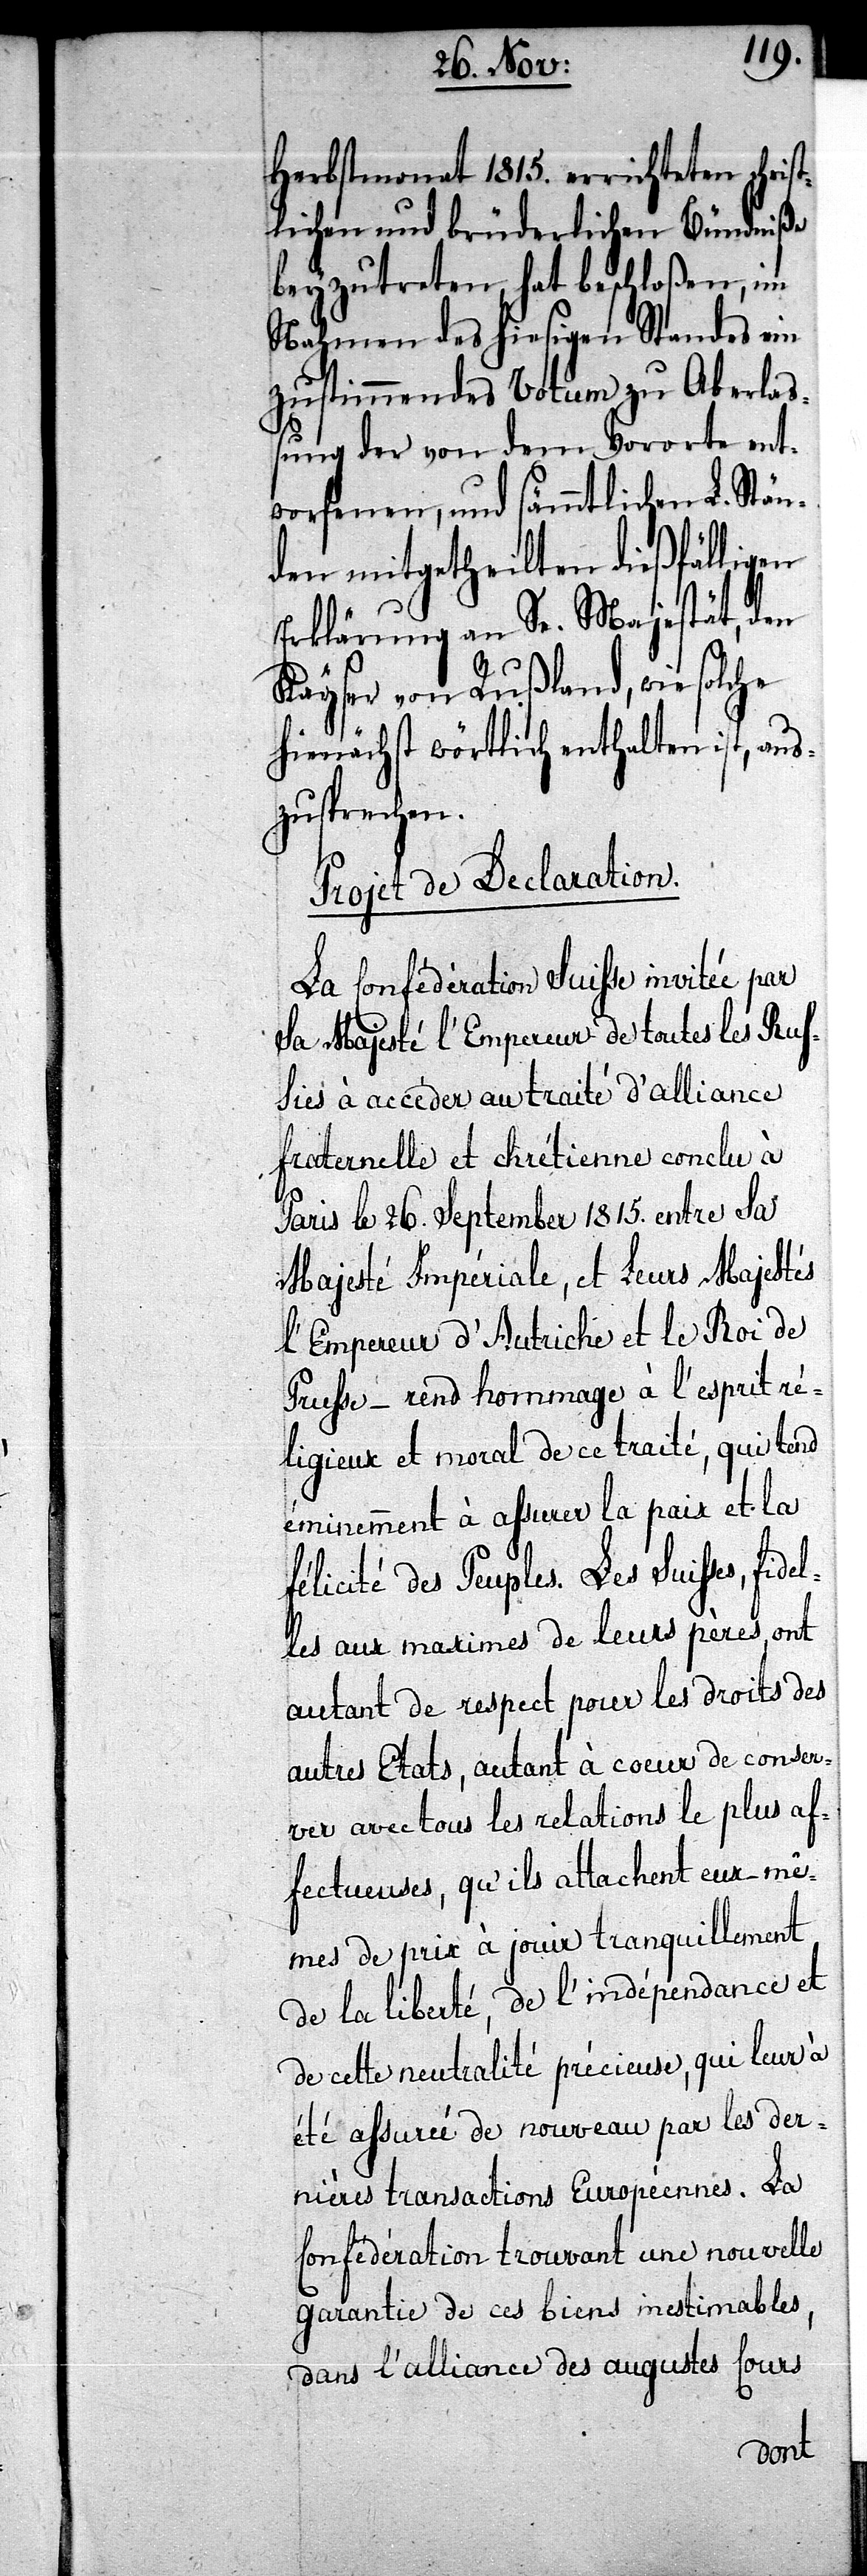
1815.
lichen und brüderlichen Bündniße
beyzutreten, hat beschloßen, im
Nahmen des hiesigen Standes ein
zustimmendes Votum zu Aberla¬
ßung der von dem Vororte ent¬
worfenen, und sämmtlichen L. Stän¬
den mitgetheilten dießfälligen
Erklärung an Se. Majestät, den
Kayser von Rußland, wie solche
hienächst wörtlich enthalten ist, aus¬
zusprechen.
Project de Declaration.
La Confédération Suisse invitée par
La Majesté l’Empereur de toutes les Rus¬
sies à accèder au traité d’alliance
fraternelle et chrétienne conclu à
Paris le 26. Septembre 1815. entre La
Majesté Impériale, et Leurs Majestés
L’Empereur d’ Autriche et le Roi de
Prusse – rend hommage à l’esprit rè¬
ligieux et moral de ce traité, qui tend
éminemment à assurer la paix et la
félicité des Peuples. Les Suisses, fid¬
elles aux maximes de leurs pères, ont
autant de respect pour les droits des
autres Etats, autant à coeur de conser¬
ver avec tous les relations le plus af¬
fectueuses, qu’ils attachent eux-mê¬
mes de prix à jouir tranquiellement
de la liberté, de l’indépendance et
de cette neutralité précieuse, qui leur à
été assurée de nouveau par les der¬
nières transactions Européennes. La
Confédération trouvant une nouvelle
garantie de ces biens inestimables,
dans l’alliance des augustes Cours
christ¬